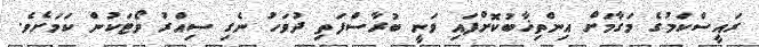
ރައީސްކަމުގެ މަގާމަށް އިންތިޚާބުކޮށްފައި ވަނީ ބުރާސްފަތި ދުވަހު ނެގި ސިއްރު ވޯޓަކުން ކަމަށެވެ.